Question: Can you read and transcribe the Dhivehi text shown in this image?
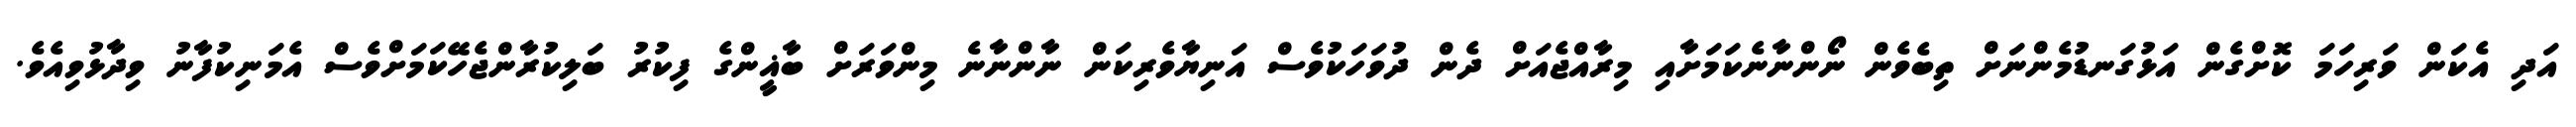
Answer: އަދި އެކަން ވަރިހަމަ ކޮށްގެން އަޅުގަނޑުމެންނަށް ތިބެވެން ނޯންނާނެކަމަށާއި މިރާއްޖެއަށް ދެން ދުވަހަކުވެސް އަނިޔާވެރިކަން ނާންނާނެ މިންވަރަށް ބާޣީންގެ ފިކުރު ބަލިކުރާންޖެހޭކަމަށްވެސް އެމަނިކުފާނު ވިދާޅުވިއެވެ.